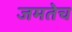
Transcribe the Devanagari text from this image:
जमतेच